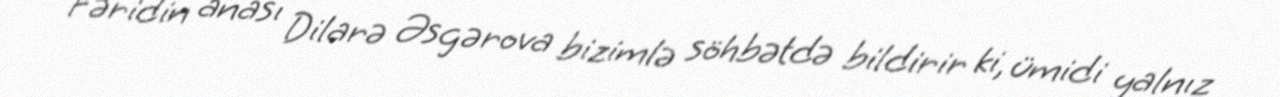
Fəridin anası Dilarə Əsgərova bizimlə söhbətdə bildirir ki, ümidi yalnız